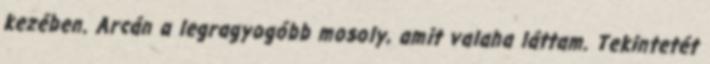
kezében. Arcán a legragyogóbb mosoly, amit valaha láttam. Tekintetét